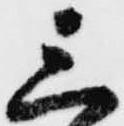
三